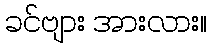
ခင်ဗျား အားလား။